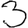
Digit: 3